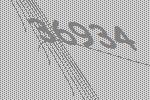
36934